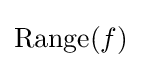
\operatorname {Range} (f)